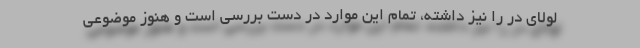
لولای در را نیز داشته، تمام این موارد در دست بررسی است و هنوز موضوعی